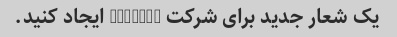
یک شعار جدید برای شرکت "Apple" ایجاد کنید.